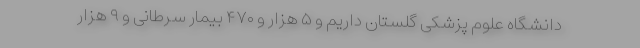
دانشگاه علوم پزشکی گلستان داریم و ۵ هزار و ۴۷۰ بیمار سرطانی و ۹ هزار